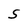
Character: S